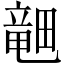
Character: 𪽞